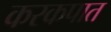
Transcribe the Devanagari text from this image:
करकपात